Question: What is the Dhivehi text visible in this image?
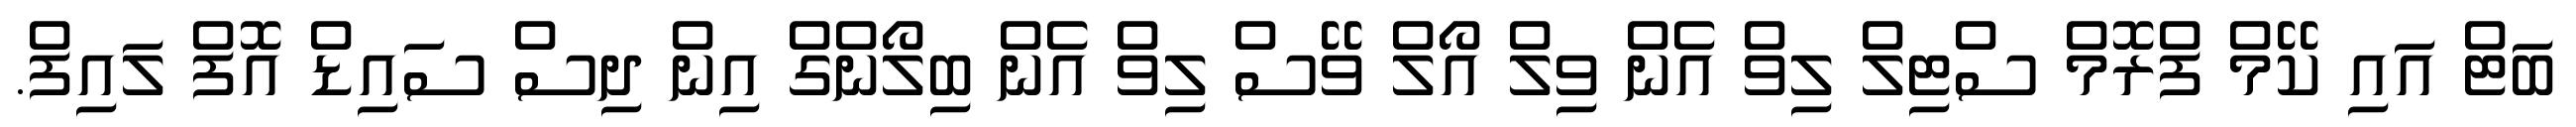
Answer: ބަޓް އައި ކޭމް ފްރޮމް ސްޓިލް ލިވް އެން ވިލް އޯލް ވޭސް ލިވް އެން ބިލޯންގް އިން ދިސް ސައިޑް އޮފް ލައިފް.